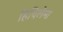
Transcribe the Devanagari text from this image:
हिचिलेमा